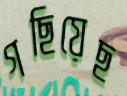
গছিয়েছ